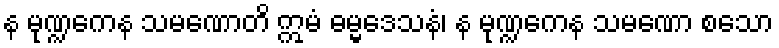
န မုဏ္ဍကေန သမဏောတိ ဣမံ ဓမ္မဒေသနံ၊ န မုဏ္ဍကေန သမဏော စသော